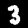
Label: 3